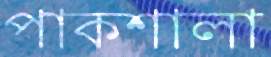
পাকশালা